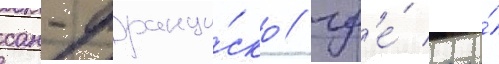
сан-франци́ско / гд'е́ его́